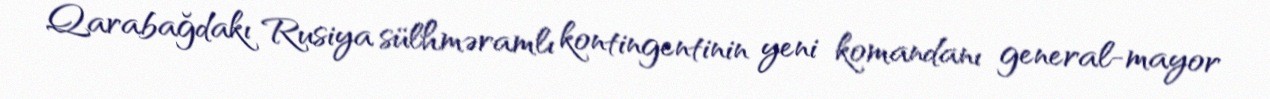
Qarabağdakı Rusiya sülhməramlı kontingentinin yeni komandanı general-mayor